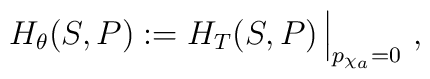
H_{\theta}(S,P):= H_T( S, P) \, \Bigl\vert_{ p_{\chi_a}= 0}~,